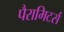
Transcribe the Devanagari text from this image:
पैरामिटर्स